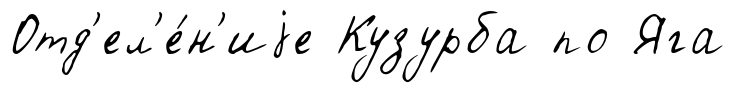
Отд'ел'е́н'иjе Кузурба по Яга